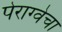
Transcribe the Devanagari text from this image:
पेराग्वेचा